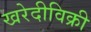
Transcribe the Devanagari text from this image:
खरेदीविक्री